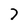
Character: 7